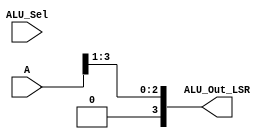
module LSR(output [3:0] ALU_Out_LSR,input [3:0] A,input [3:0] ALU_Sel);
assign ALU_Out_LSR = A>>1; 
endmodule